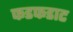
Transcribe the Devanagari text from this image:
फडफडाट